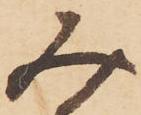
み